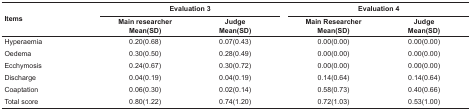
<table><thead><tr><td rowspan="2"><b>Items</b></td><td colspan="2"><b>Evaluation 3</b></td><td rowspan="2"></td><td colspan="2"><b>Evaluation 4</b></td></tr><tr><td><b>Main researcherMean(SD)</b></td><td><b>Judge Mean(SD)</b></td><td><b>Main ResearcherMean(SD)</b></td><td><b>Judge Mean(SD)</b></td></tr></thead><tbody><tr><td> Hyperaemia</td><td> 0.20(0.68)</td><td> 0.07(0.43)</td><td></td><td> 0.00(0.00)</td><td> 0.00(0.00)</td></tr><tr><td> Oedema</td><td> 0.30(0.50)</td><td> 0.28(0.49)</td><td></td><td> 0.00(0.00)</td><td> 0.00(0.00)</td></tr><tr><td> Ecchymosis</td><td> 0.24(0.67)</td><td> 0.30(0.72)</td><td></td><td> 0.00(0.00)</td><td> 0.00(0.00)</td></tr><tr><td> Discharge</td><td> 0.04(0.19)</td><td> 0.04(0.19)</td><td></td><td> 0.14(0.64)</td><td> 0.14(0.64)</td></tr><tr><td> Coaptation</td><td> 0.06(0.30)</td><td> 0.02(0.14)</td><td></td><td> 0.58(0.73)</td><td> 0.40(0.66)</td></tr><tr><td> Total score</td><td> 0.80(1.22)</td><td> 0.74(1.20)</td><td></td><td> 0.72(1.03)</td><td> 0.53(1.00)</td></tr></tbody></table>